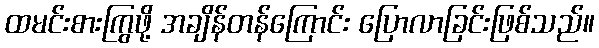
ထမင်းစားကြွဖို့ အချိန်တန်ကြောင်း ပြောလာခြင်းဖြစ်သည်။